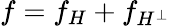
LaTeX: f=f_{H}+f_{H^{\bot}}